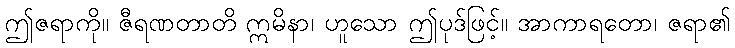
ဤဇရာကို။ ဇီရဏတာတိ ဣမိနာ၊ ဟူသော ဤပုဒ်ဖြင့်။ အာကာရတော၊ ဇရာ၏